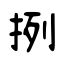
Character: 挒